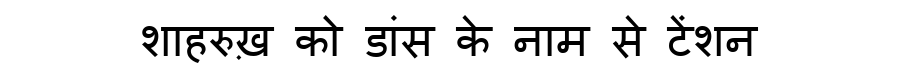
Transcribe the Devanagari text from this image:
शाहरुख़ को डांस के नाम से टेंशन